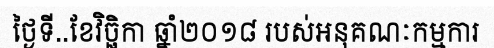
ថ្ងៃទី..ខែវិច្ឆិកា ឆ្នាំ២០១៨ របស់អនុគណៈកម្មការ